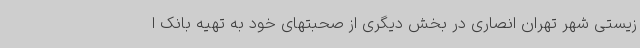
زیستی شهر تهران انصاری در بخش دیگری از صحبتهای خود به تهیه بانک ا